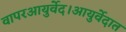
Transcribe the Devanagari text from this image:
वापरआयुर्वेद।आयुर्वेदात